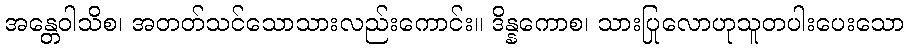
အန္တေဝါသိစ၊ အတတ်သင်သောသားလည်းကောင်း။ ဒိန္နကောစ၊ သားပြုလောဟုသူတပါးပေးသော